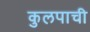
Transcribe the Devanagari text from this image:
कुलपाची